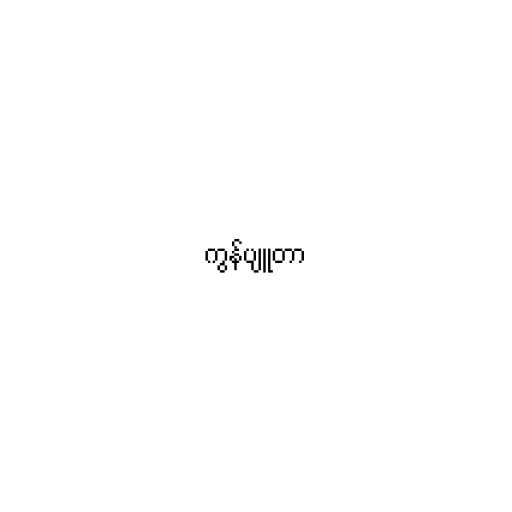
ကွန်ပျူတာ